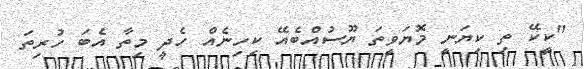
"ކީކޭ ތި ކިޔަނީ މޮޔަވީތަ ޔޫސުއްބެއޭ ކިހިނެއް ހެދީ މިތާ އެބަ ހުރިތަ